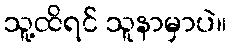
သူ့ထိရင် သူနာမှာပဲ။